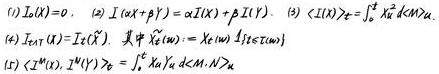
(1) $I_{\alpha}(X)=0$. (2) $I(\alpha X+\beta Y)=\alpha I(X)+\beta I(Y)$. (3) $\langle I(X)\rangle_{X}=\int_{X}^{t} \lambda_{X} d\langle X\rangle_{X}$.
(4) $I_{\text {ext }}(X)=I_{\text {ext }}(\tilde{X})$, 其中 $\tilde{X}_{t}(\omega):=X_{t \wedge \tau}(\omega) 1_{\{\tau \leq t\}}(\omega)$.
(5) $\left\langle I^{M}(X), I^{N}(Y)\right\rangle_{t}=\int_{0}^{t} X_{u} Y_{u} d\langle M, N\rangle_{u}$.